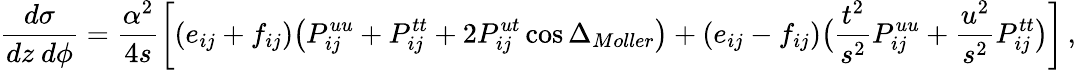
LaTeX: {\frac{d\sigma}{dz~d\phi}}={\frac{\alpha^{2}}{4s}}\bigg[(e_{ij}+f_{ij})\big(P_{ij}^{uu}+P_{ij}^{tt}+2P_{ij}^{ut}\cos\Delta_{Moller}\big)+(e_{ij}-f_{ij})\big({\frac{t^{2}}{s^{2}}}P_{ij}^{uu}+{\frac{u^{2}}{s^{2}}}P_{ij}^{tt}\big)\bigg]\, ,